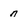
Character: n